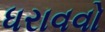
ધરાવવો